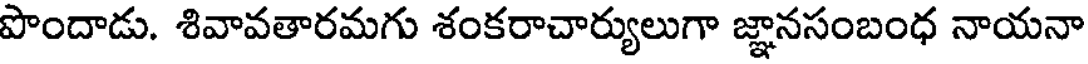
పొందాడు. శివావతారమగు శంకరాచార్యులుగా జ్ఞానసంబంధ నాయనా